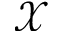
\mathcal { X }